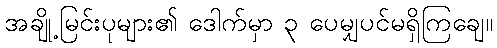
အချို့မြင်းပုများ၏ ဒေါက်မှာ ၃ ပေမျှပင်မရှိကြချေ။